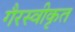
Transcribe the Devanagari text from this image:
गैरस्वीकृत